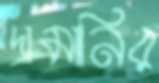
দ্রামানির